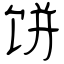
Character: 饼